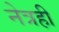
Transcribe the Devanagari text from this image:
नेत्रही